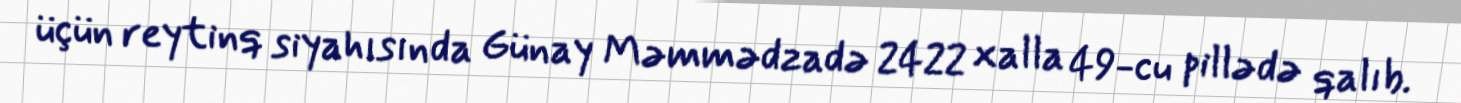
üçün reytinq siyahısında Günay Məmmədzadə 2422 xalla 49-cu pillədə qalıb.